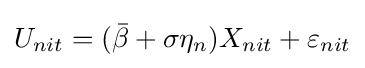
U_{nit}=({\bar {\beta }}+\sigma \eta _{n})X_{nit}+\varepsilon _{nit}